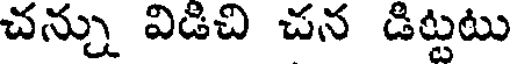
చన్ను విడిచి చన డిట్టటు